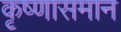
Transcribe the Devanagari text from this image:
कृष्णासमान